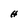
Character: H